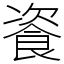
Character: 餈